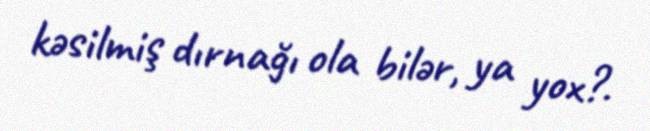
kəsilmiş dırnağı ola bilər, ya yox?.